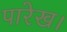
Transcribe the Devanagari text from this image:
पारेख।